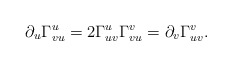
\begin{align*} \partial_u\Gamma_{vu}^u=2\Gamma_{uv}^u\Gamma_{vu}^v=\partial_v\Gamma_{uv}^v.\end{align*}